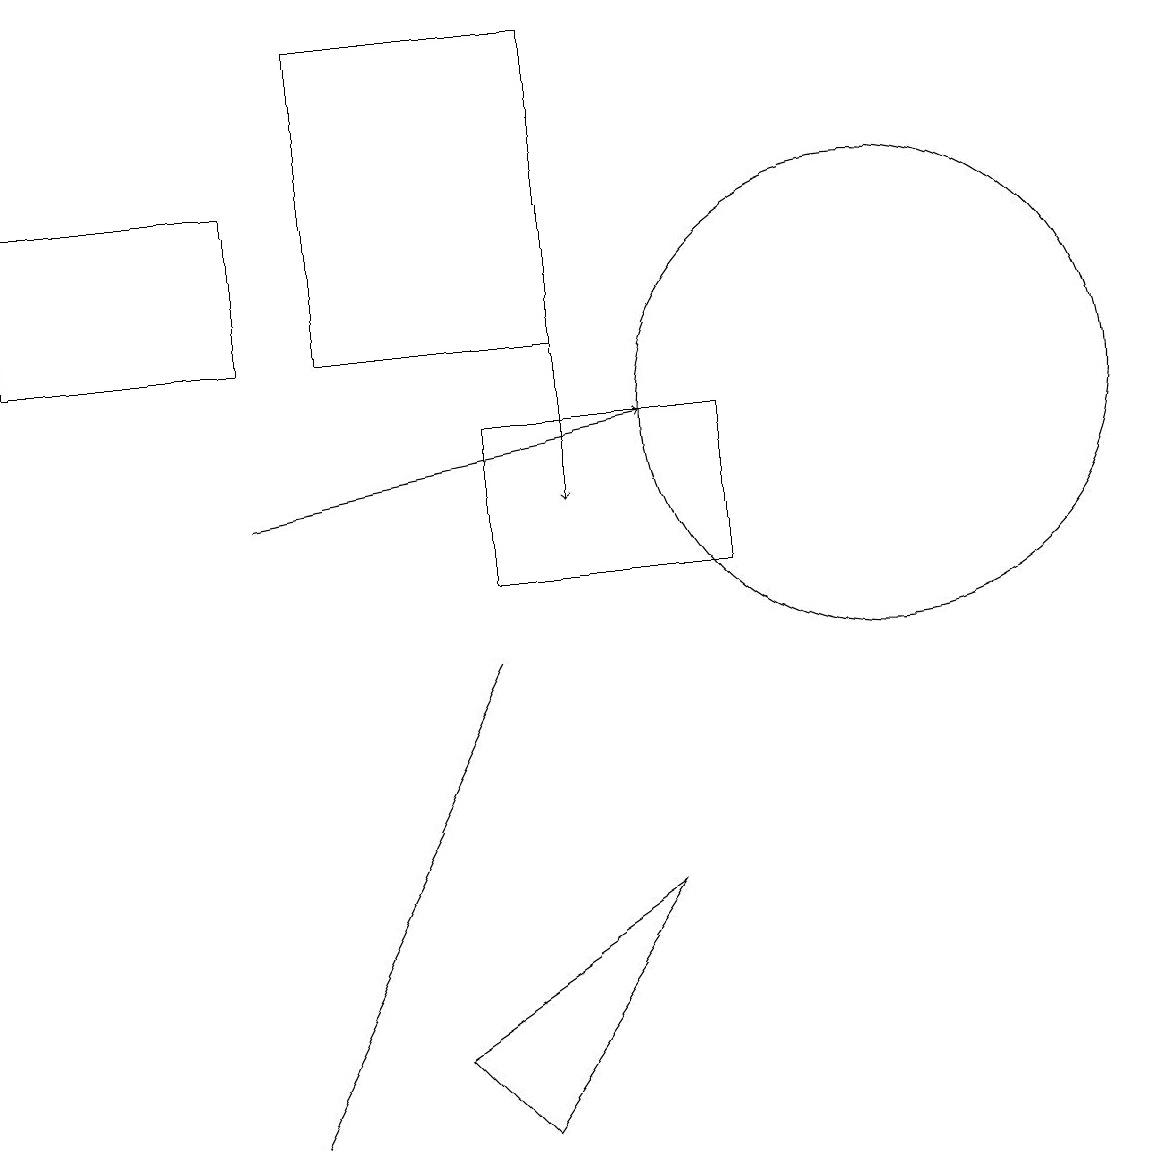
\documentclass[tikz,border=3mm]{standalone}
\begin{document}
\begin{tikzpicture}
\draw (8,6) -- (5,4) -- (6,3) -- cycle;
\draw[->] (3,11) -- (8,12);
\draw (4,5) -- (6,9) -- (3,3) -- cycle;
\draw (6,10) rectangle (9,12);
\draw[->] (7,16) -- (7,11);
\draw (0,13) rectangle (3,15);
\draw (11,12) circle (3);
\draw (7,13) rectangle (4,17);
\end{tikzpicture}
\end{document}